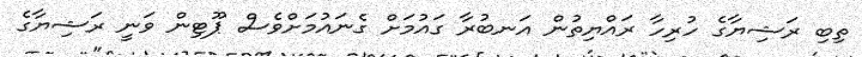
ތިބި ރަޝިޔާގެ ހުރިހާ ރައްޔިތުން އަނބުރާ ގައުމަށް ގެނައުމަށްވެސް ޕޫޓިން ވަނީ ރަޝިޔާގެ